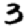
Digit: 3